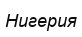
Нигерия